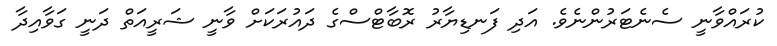
ކުރައްވާނީ ސެނެޓަރުންނެވެ. އަދި ފަނޑިޔާރު ރޮބާޓްސްގެ ދައުރަކަށް ވާނީ ޝަރީއަތް ދަނީ ގަވާއިދާ